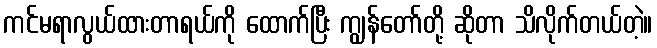
ကင်မရာလွယ်ထားတာရယ်ကို ထောက်ပြီး ကျွန်တော်တို့ ဆိုတာ သိလိုက်တယ်တဲ့။